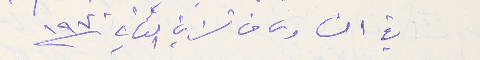
في السادس من تشرين الثاني ١٩٧٠